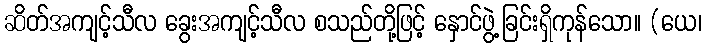
ဆိတ်အကျင့်သီလ ခွေးအကျင့်သီလ စသည်တို့ဖြင့် နှောင်ဖွဲ့ခြင်းရှိကုန်သော။ (ယေ၊